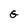
Character: G